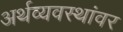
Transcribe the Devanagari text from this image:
अर्थव्यवस्थांवर